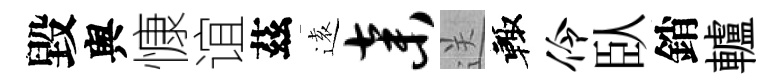
毀舆慷谊茲逺弃送輙伶臥銷轤